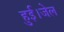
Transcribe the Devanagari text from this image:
हुई।जेल